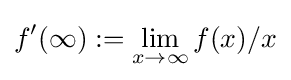
f'(\infty ):=\lim _{x\to \infty }f(x)/x